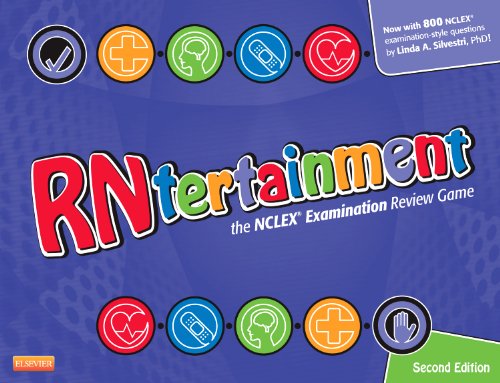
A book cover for RNtertainment: The NCLEXÂ® Examination Review Game, 2e; Linda Anne Silvestri PhD  RN; Test Preparation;